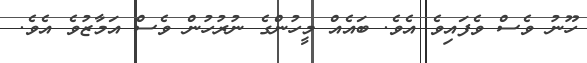
ހޫނު ވެސް ވެފައިވެ އެވެ. ބައެއް މީހުންގެ ނުރުހުން ވެސް އަމާޒުވެ އެވެ.